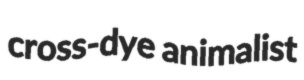
cross-dye animalist